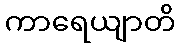
ကာရေယျာတိ